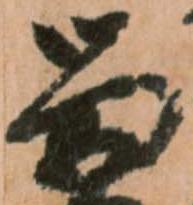
留